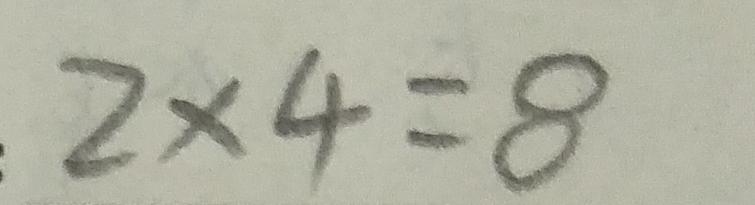
2 \times 4 = 8